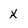
Character: X